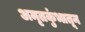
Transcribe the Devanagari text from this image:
अमृतकुंभातून